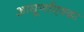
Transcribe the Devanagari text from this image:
आघूर्णाएवढा